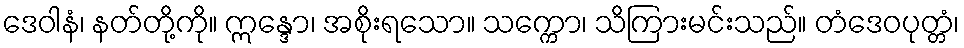
ဒေဝါနံ၊ နတ်တို့ကို။ ဣန္ဒော၊ အစိုးရသော။ သက္ကော၊ သိကြားမင်းသည်။ တံဒေဝပုတ္တံ၊